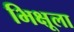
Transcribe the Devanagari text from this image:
भिक्षूला